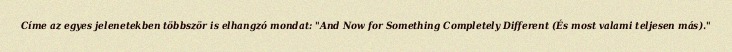
Címe az egyes jelenetekben többször is elhangzó mondat: "And Now for Something Completely Different (És most valami teljesen más)."